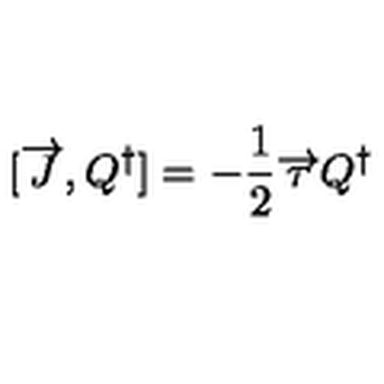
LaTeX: [ \overrightarrow { J } , Q ^ { \dagger } ] = - \frac { 1 } { 2 } \overrightarrow { \tau } Q ^ { \dagger }